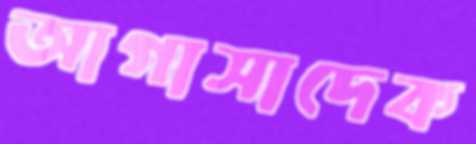
আগাসাদেক